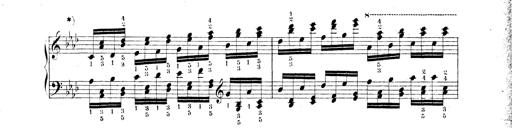
Title: Technische Studien
Composer: Franz Liszt